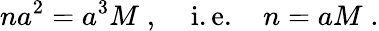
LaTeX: na^{2}=a^{3}M\; ,\; \; \; \; \mathrm{i.e.}\; \; \; \; n=aM\; .